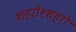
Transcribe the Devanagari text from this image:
शहरोश्शहरो